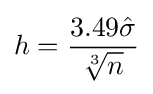
h={\frac {3.49{\hat {\sigma }}}{\sqrt[{3}]{n}}}